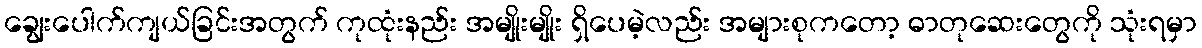
ချွေးပေါက်ကျယ်ခြင်းအတွက် ကုထုံးနည်း အမျိုးမျိုး ရှိပေမဲ့လည်း အများစုကတော့ ဓာတုဆေးတွေကို သုံးရမှာ